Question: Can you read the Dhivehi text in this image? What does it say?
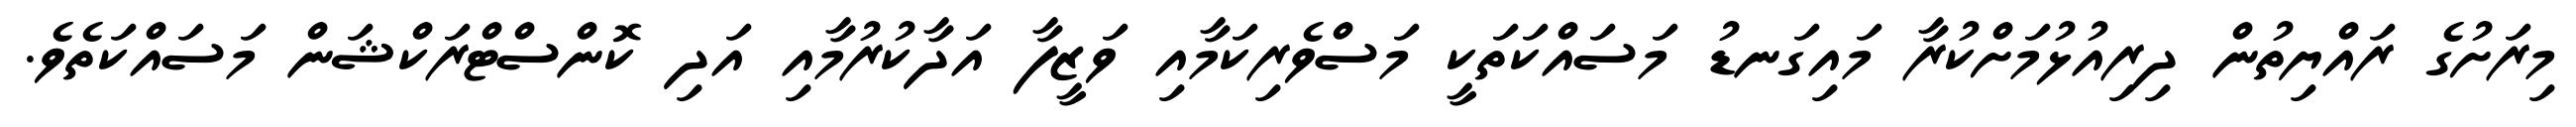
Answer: މިރަށުގެ ރައްޔިތުން ދިރިއުޅުމަށްކުރާ މައިގަނޑު މަސައްކަތަކީ މަސްވެރިކަމާއި ވަޒީފާ އަދާކުރުމާއި އަދި ކޮންސްޓްރަކްޝަން މަސައްކަތެވެ.